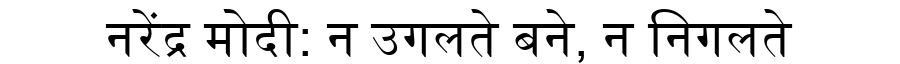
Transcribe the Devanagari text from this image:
नरेंद्र मोदी: न उगलते बने, न निगलते